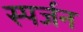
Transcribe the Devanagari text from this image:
स्पर्जन